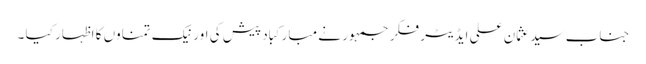
جناب سید عثمان علی ایڈیٹر فکر جمہور نے مبارکباد پیش کی اور نیک تمناوں کا اظہار کیا ۔